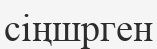
сіңшрген